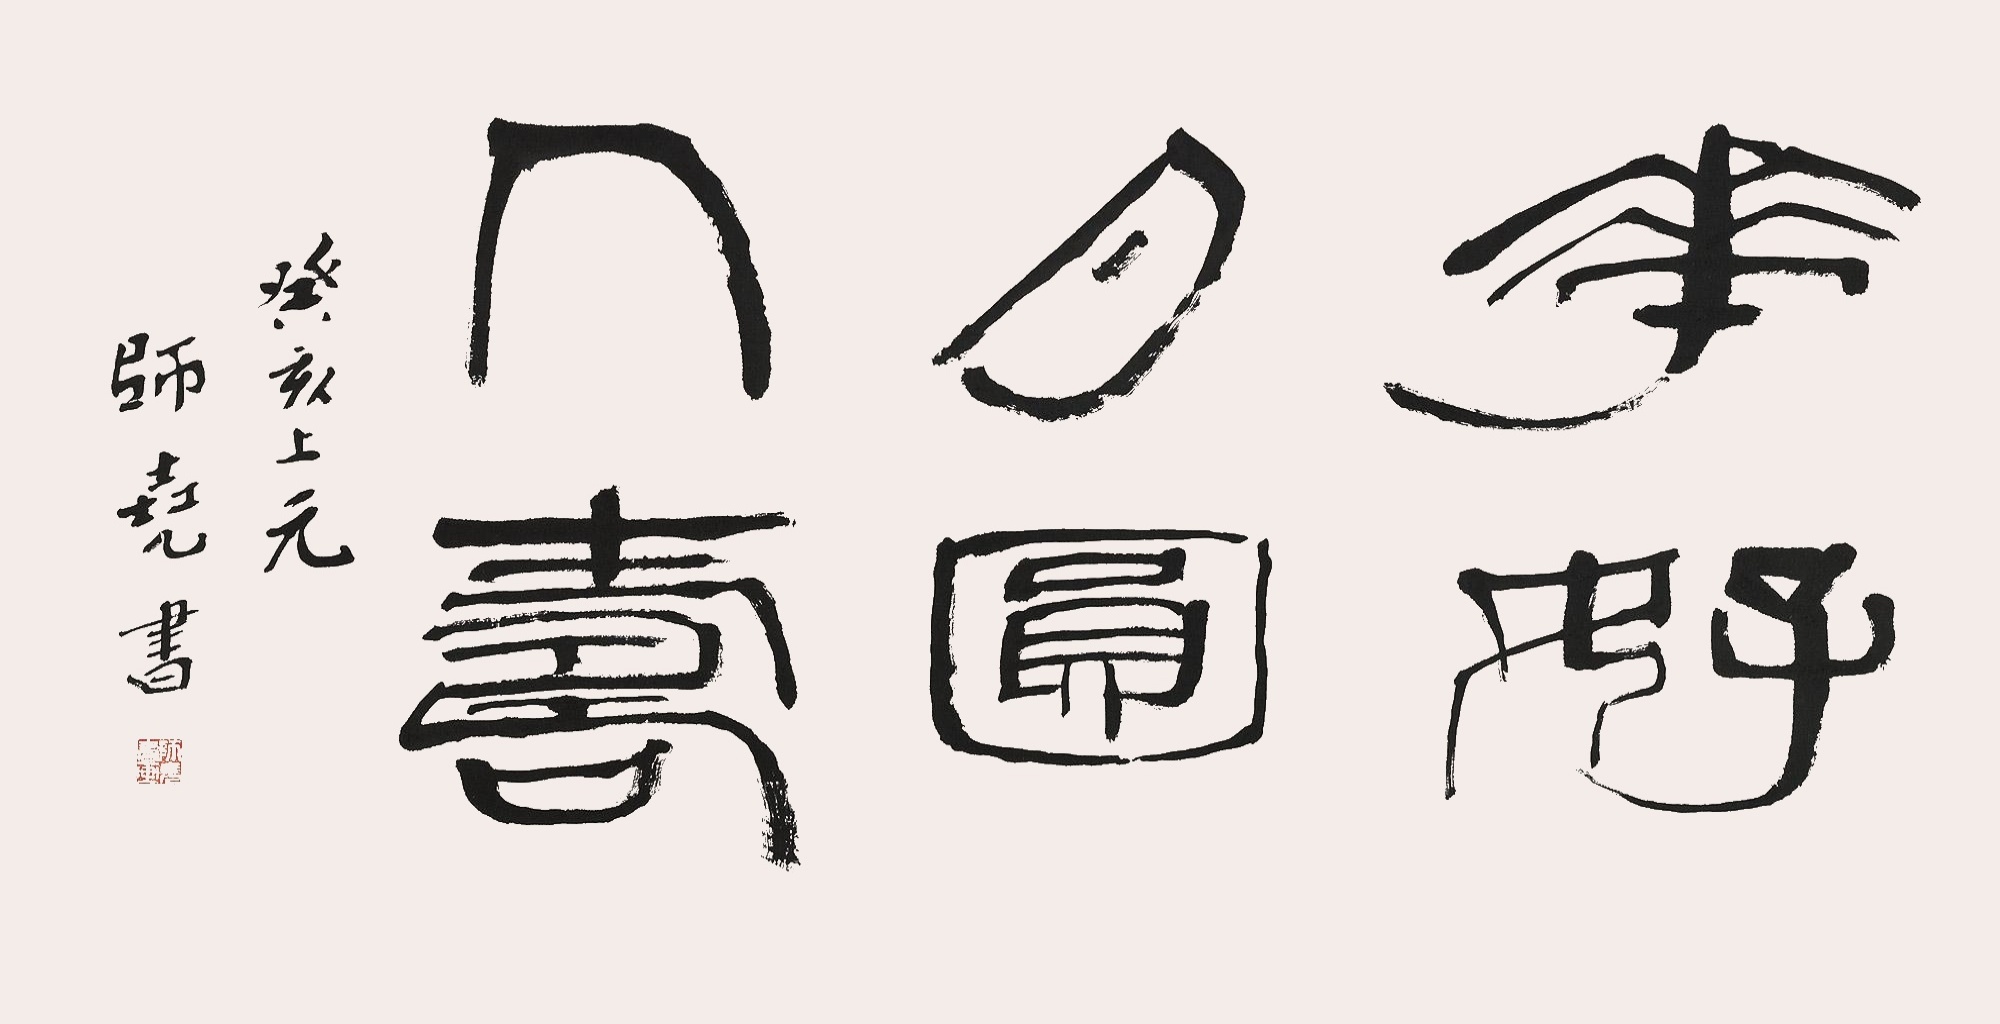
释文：花好月圆人寿。癸亥上元师尧书。